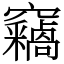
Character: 𥩈